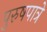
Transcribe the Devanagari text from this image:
पुरुषपात्रे